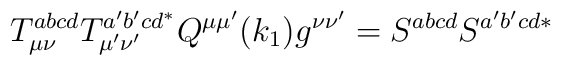
T_{\mu \nu }^{abcd}T_{\mu ^{\prime }\nu ^{\prime }}^{a^{\prime }b^{\prime}cd^{*}}Q^{\mu \mu ^{\prime }}(k_1)g^{\nu \nu ^{\prime}}=S^{abcd}S^{a^{\prime }b^{\prime }cd*}